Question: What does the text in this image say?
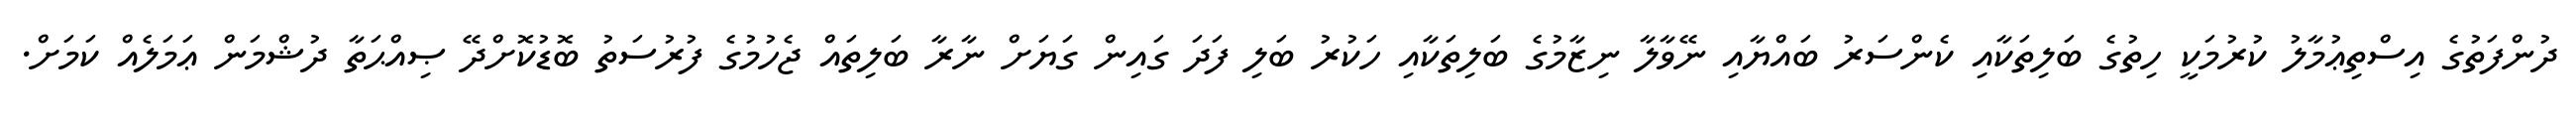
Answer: ދުންފަތުގެ އިސްތިޢުމާލު ކުރުމަކީ ހިތުގެ ބަލިތަކާއި ކެންސަރު ބައްޔާއި ނޭވާލާ ނިޒާމުގެ ބަލިތަކާއި ހަކުރު ބަލި ފަދަ ގައިން ގަޔަށް ނާރާ ބަލިތައް ޖެހުމުގެ ފުރުސަތު ބޮޑުކޮށްދޭ ޞިއްޙަތާ ދުޝްމަން ޢަމަލެއް ކަމަށް.